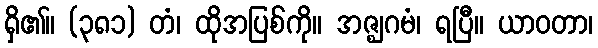
ရှိ၏။ (၃၈၁) တံ၊ ထိုအပြစ်ကို။ အဇ္ဈဂမံ၊ ရပြီ။ ယာဝတာ၊